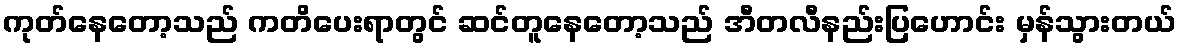
ကုတ်နေတော့သည် ကတိပေးရာတွင် ဆင်တူနေတော့သည် အီတလီနည်းပြဟောင်း မှန်သွားတယ်